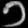
Digit: ၁